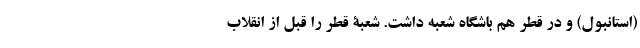
(استانبول) و در قطر هم باشگاه شعبه داشت. شعبۀ قطر را قبل از انقلاب